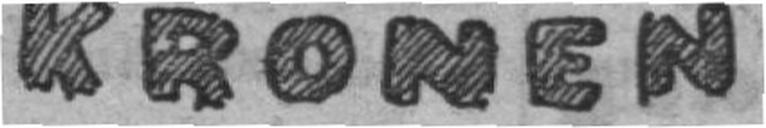
KRONEN